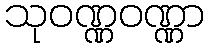
သုဝဏ္ဏဝဏ္ဏာ